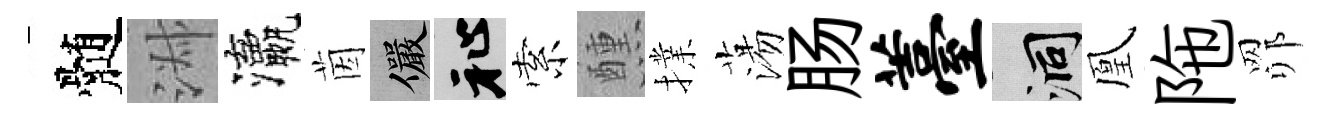
髄淑瀛茵儼祉索醺擈蕩肠薹洞凰陁𦊑